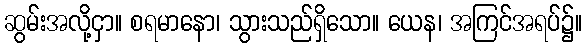
ဆွမ်းအလို့ငှာ။ စရမာနော၊ သွားသည်ရှိသော။ ယေန၊ အကြင်အရပ်၌။